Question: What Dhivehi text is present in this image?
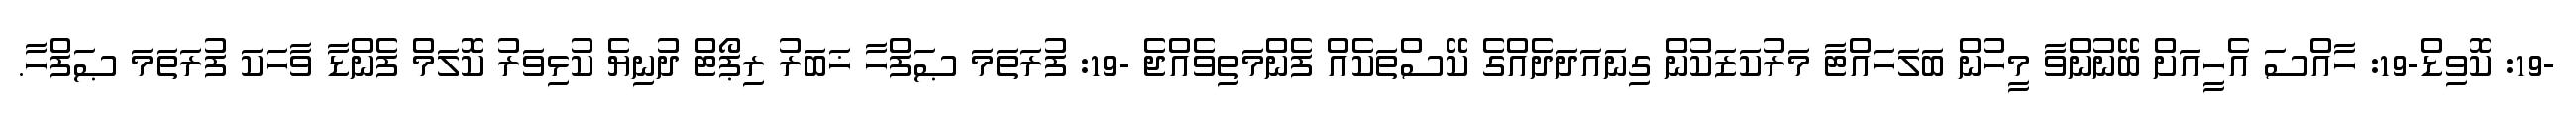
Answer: -19: ކޮވިޑް-19: ހާއްސަ އެހީއަށް ބޭނުންވާ މީހުން ބަލަހައްޓާ މަރުކަޒަކުން ގިނައަދަދެއްގެ ކޭސްތަކެއް ފެންމަތިވެއްޖެ -19: ފުރަތަމަ ޞަފްހާ ޚަބަރު ރިޕޯޓް ދުނިޔެ ކުޅިވަރު ކޮލަމް ފެންޑާ ވާހަކަ ފުރަތަމަ ޞަފްހާ.